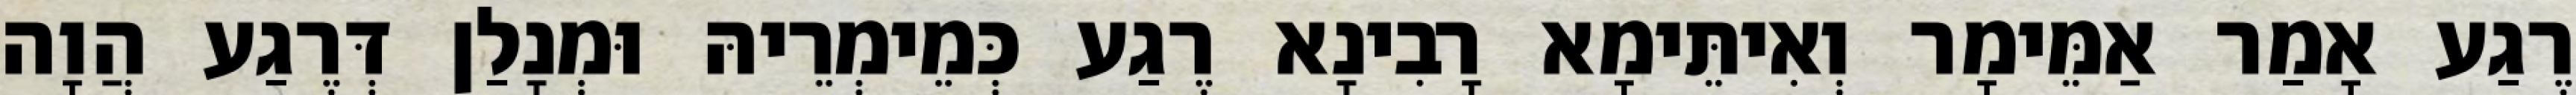
רֶגַע אָמַר אַמֵּימָר וְאִיתֵּימָא רָבִינָא רֶגַע כְּמֵימְרֵיהּ וּמְנָלַן דְּרֶגַע הֲוָה